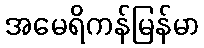
အမေရိကန်မြန်မာ